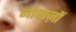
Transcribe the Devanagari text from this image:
जांबाज़ों